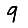
Digit: 9